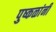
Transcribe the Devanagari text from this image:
पुष्कळांनी